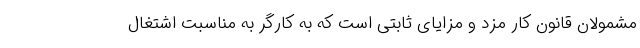
مشمولان قانون کار مزد و مزایای ثابتی است که به کارگر به مناسبت اشتغال